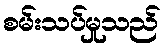
စမ်းသပ်မှုသည်